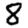
Digit: 8